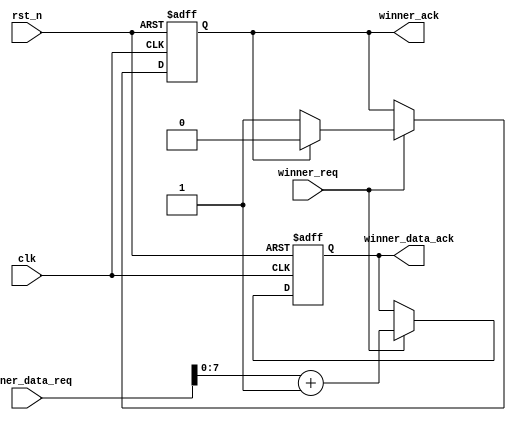
//---------------------------------------------------------------------------------------
// Universitatea Transilvania din Brasov
// Proiect     : Limbaje de descriere hardware
// Autor       : Neagu Lucian-Alexandru
// Data        : 27.05.2022
//---------------------------------------------------------------------------------------
// Descriere   : Winner
//---------------------------------------------------------------------------------------
 
 module winner_req_ack #(

parameter REQ_DATA_WIDTH = 'd8,
                               
                               
parameter ACK_DATA_WIDTH = 'd8 
                               
                              
)(

input 					    	       rst_n,
input                        	       clk,
input 					               winner_req,
input         [REQ_DATA_WIDTH :0]      winner_data_req,

output 	reg						       winner_ack,
output 	reg   [ACK_DATA_WIDTH -1:0]    winner_data_ack
);

always @(posedge clk or negedge rst_n) begin
	if(~rst_n) begin
		winner_ack <= 'b0;
		winner_data_ack <='b0; 
	end else
	if (winner_req == 1) begin 		
		if(winner_ack == 1) begin
			winner_ack <= 'b0;  	   
			winner_data_ack <= 'b0;
		end
		else
		winner_ack <= 'b1;
		winner_data_ack <= winner_data_req + 1;
	end
end
	
endmodule